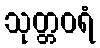
သုတ္တဝရံ